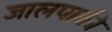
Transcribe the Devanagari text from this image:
जालपाकी